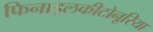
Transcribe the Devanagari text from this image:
फिनाइलकीटोनूरिया